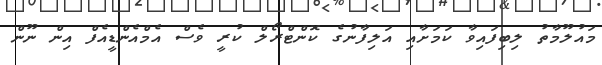
މައުލޫމާތު ލިބިފައިވާ ކަމަށާއި އަލިފާނުގެ ކޮންޓްރޯލް ކުރީ ވެސް އެމްއެންޑީއެފް އިން ނޫން